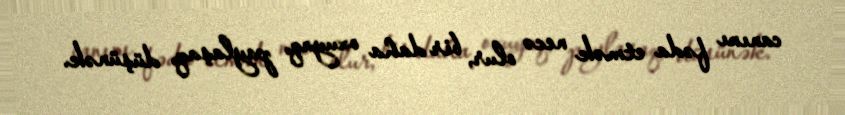
canını fəda etmək necə olur, bir daha oxuyaq, paylaşaq, düşünək.